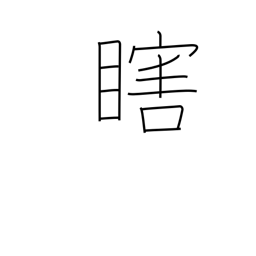
Meaning: one eye